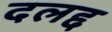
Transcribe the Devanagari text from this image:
दलद्द